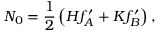
N _ { 0 } = \frac 1 2 \left( H f _ { A } ^ { \prime } + K f _ { B } ^ { \prime } \right) ,